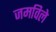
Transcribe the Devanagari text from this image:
जमविले